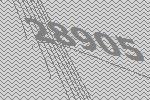
28905